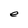
Character: e